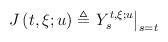
LaTeX: \begin{align*}J\left( t,\xi ;u\right) \triangleq \left. Y_{s}^{t,\xi ;u}\right\vert _{s=t} \end{align*}